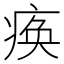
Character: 痪